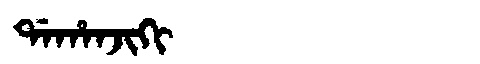
Manchu: ᡩᠠᡥᠠᠨᠵᡳᡴᡳ
Romanization: DAHANJIKI